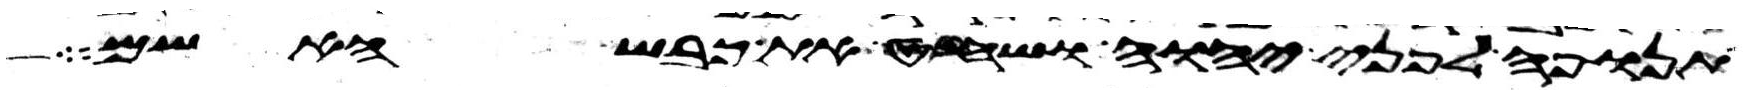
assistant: תנופה לפני יהוה ושחט את כבש האשם